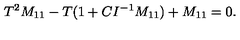
T ^ { 2 } M _ { 1 1 } - T ( 1 + C I ^ { - 1 } M _ { 1 1 } ) + M _ { 1 1 } = 0 .